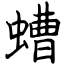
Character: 螬